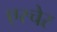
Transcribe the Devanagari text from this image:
एस्चेर